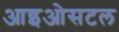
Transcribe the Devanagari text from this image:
आइओसटल